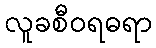
လူခစီဝရဓရာ